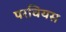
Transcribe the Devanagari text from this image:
परवियस